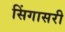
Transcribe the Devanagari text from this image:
सिंगासरी